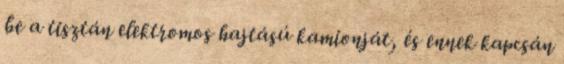
be a tisztán elektromos hajtású kamionját, és ennek kapcsán